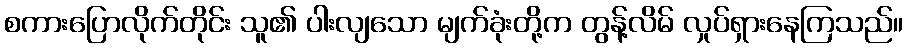
စကားပြောလိုက်တိုင်း သူ၏ ပါးလျသော မျက်ခုံးတို့က တွန့်လိမ် လှုပ်ရှားနေကြသည်။